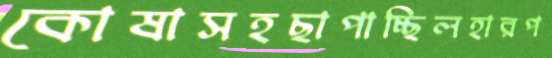
কোষাসহছাপাচ্ছিলহারপ